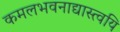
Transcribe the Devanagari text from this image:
कमलभवनाद्यास्त्वयि